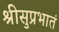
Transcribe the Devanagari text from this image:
श्रीसुप्रभातं